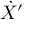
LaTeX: { \dot { X } } ^ { \prime }